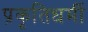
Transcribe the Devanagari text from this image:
प्रकृतिधर्मी